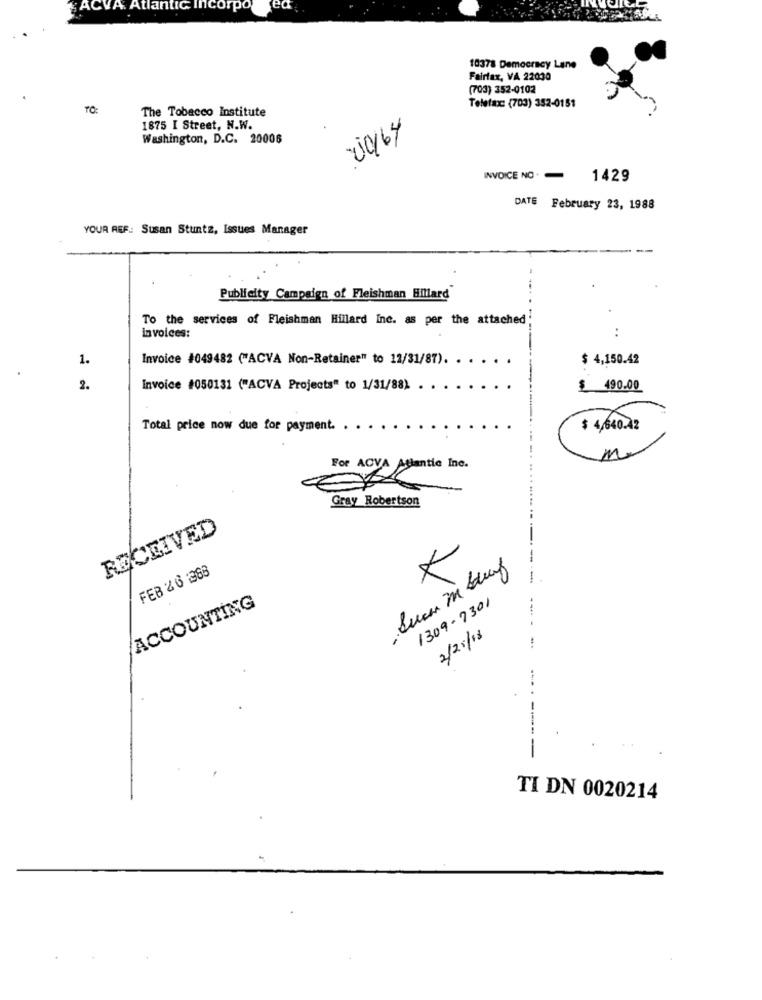
ACVA Atlantic Incorpo
ea
10378 Democracy Lane
Fairfax, VA 22030
(703) 352-0102
TO:
The Tobacco Institute
Telefax: (703) 352-0151
1875 I Street, N.W.
20/64
Washington, D.C. 20006
INVOICE NO.
1429
DATE February 23, 1988
YOUR REF .: Susan Stuntz, Issues Manager
Publicity Campaign of Fleishman Hillard
To the services of Fleishman Hillard Inc. as per the attached;
in voices:
..
1.
Invoice #049482 ("ACVA Non-Retainer" to 12/31/87).
$ 4,150.42
2.
Invoice #050131 ("ACVA Projects" to 1/31/88)
$ 490.00
Total price now due for payment. . .
$ 4,640.42
M.
For ACV Autantle Inc.
Gray Robertson
RECEIVED
FEB 20 :388
ACCOUNTING
1309-7301
2/25/18
TI DN 0020214